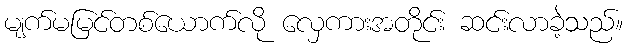
မျက်မမြင်တစ်ယောက်လို လှေကားအတိုင်း ဆင်းလာခဲ့သည်။